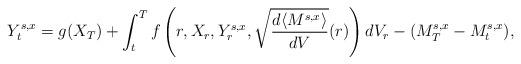
LaTeX: \begin{align*}Y^{s,x}_t = g(X_T) + \int_t^T f\left(r,X_r,Y^{s,x}_r,\sqrt{\frac{d\langle M^{s,x}\rangle}{dV}}(r)\right)dV_r -(M^{s,x}_T - M^{s,x}_t),\end{align*}